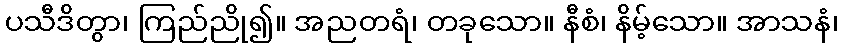
ပသီဒိတွာ၊ ကြည်ညို၍။ အညတရံ၊ တခုသော။ နီစံ၊ နိမ့်သော။ အာသနံ၊